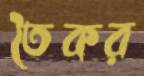
তৈকর